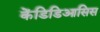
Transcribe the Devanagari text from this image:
केंडिडिआसिस